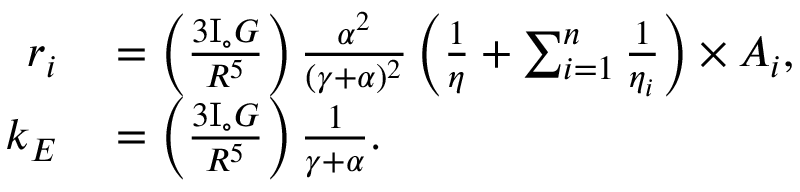
\begin{array} { r l } { r _ { i } } & { { } = \left( \frac { 3 \mathrm { I } _ { \circ } G } { R ^ { 5 } } \right) \frac { \alpha ^ { 2 } } { ( \gamma + \alpha ) ^ { 2 } } \left( \frac { 1 } { \eta } + \sum _ { i = 1 } ^ { n } \frac { 1 } { \eta _ { i } } \right) \times A _ { i } , } \\ { k _ { E } } & { { } = \left( \frac { 3 \mathrm { I } _ { \circ } G } { R ^ { 5 } } \right) \frac { 1 } { \gamma + \alpha } . } \end{array}